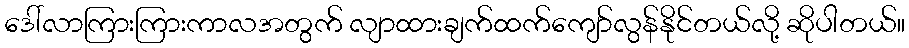
ဒေါ်လာကြားကြားကာလအတွက် လျာထားချက်ထက်ကျော်လွန်နိုင်တယ်လို့ ဆိုပါတယ်။